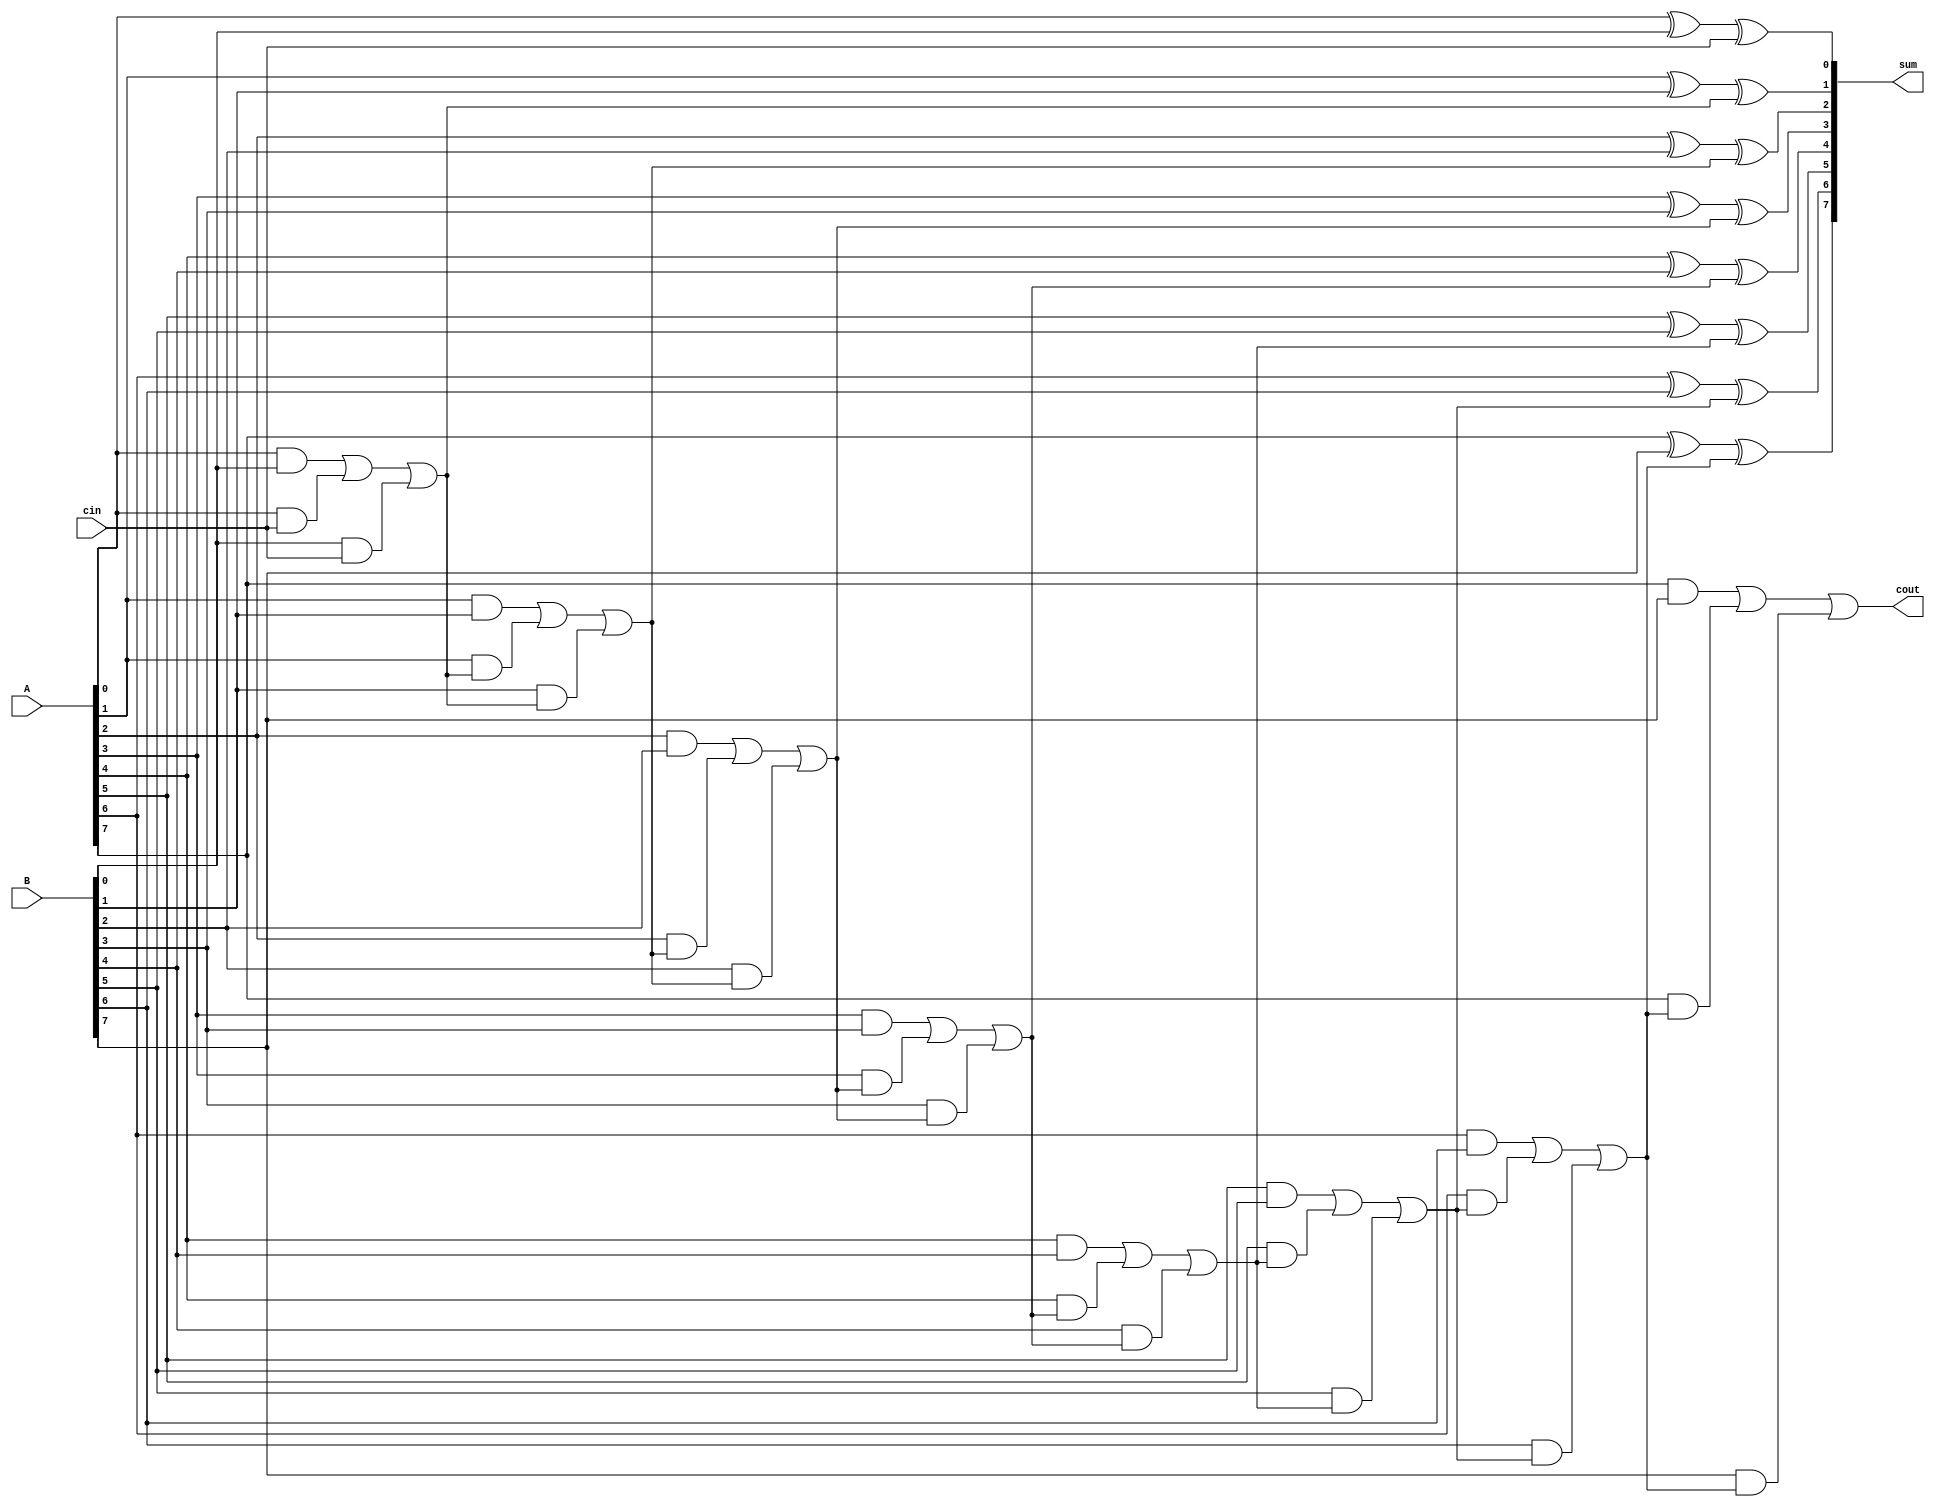
module carry_lookahead_adder (
    input [7:0] A, // 8-bit input A
    input [7:0] B, // 8-bit input B
    input cin, // carry-in signal
    output [7:0] sum, // 8-bit sum output
    output cout // carry-out signal
);

wire [7:0] carry; // carry signals between blocks

assign sum[0] = A[0] ^ B[0] ^ cin;
assign carry[0] = (A[0] & B[0]) | (A[0] & cin) | (B[0] & cin);

genvar i;
generate
    for (i = 1; i < 8; i = i + 1) begin
        assign sum[i] = A[i] ^ B[i] ^ carry[i-1];
        assign carry[i] = (A[i] & B[i]) | (A[i] & carry[i-1]) | (B[i] & carry[i-1]);
    end
endgenerate

assign cout = carry[7];

endmodule